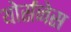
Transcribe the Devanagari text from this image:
थोर्सनेस